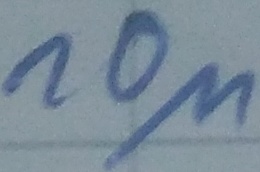
Text: 10µ